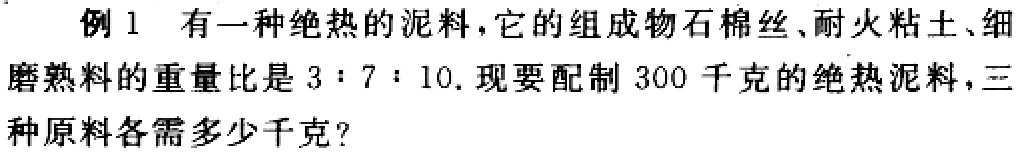
例1 有一种绝热的泥料，它的组成物石棉丝、耐火粘土、细磨熟料的重量比是\(3:7:10\). 现要配制\(300\)千克的绝热泥料，三种原料各需多少千克？